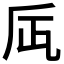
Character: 𠂮